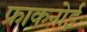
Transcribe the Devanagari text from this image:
फ्राकनोई